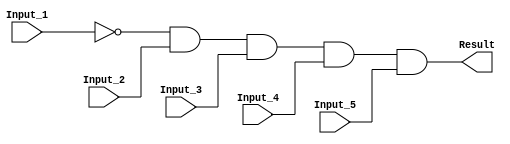
/******************************************************************************
 ** Logisim goes FPGA automatic generated Verilog code                       **
 **                                                                          **
 ** Component : AND_GATE_5_INPUTS                                            **
 **                                                                          **
 ******************************************************************************/

module AND_GATE_5_INPUTS( Input_1,
                          Input_2,
                          Input_3,
                          Input_4,
                          Input_5,
                          Result);

   /***************************************************************************
    ** Here all module parameters are defined with a dummy value             **
    ***************************************************************************/
   parameter BubblesMask = 1;


   /***************************************************************************
    ** Here the inputs are defined                                           **
    ***************************************************************************/
   input  Input_1;
   input  Input_2;
   input  Input_3;
   input  Input_4;
   input  Input_5;

   /***************************************************************************
    ** Here the outputs are defined                                          **
    ***************************************************************************/
   output Result;

   /***************************************************************************
    ** Here the internal wires are defined                                   **
    ***************************************************************************/
   wire s_real_input_1;
   wire s_real_input_2;
   wire s_real_input_3;
   wire s_real_input_4;
   wire s_real_input_5;
   wire[4:0] s_signal_invert_mask;


   /***************************************************************************
    ** Here the bubbles are processed                                        **
    ***************************************************************************/
   assign s_signal_invert_mask = BubblesMask;
   assign s_real_input_1 = (s_signal_invert_mask[0]) ? ~Input_1: Input_1;
   assign s_real_input_2 = (s_signal_invert_mask[1]) ? ~Input_2: Input_2;
   assign s_real_input_3 = (s_signal_invert_mask[2]) ? ~Input_3: Input_3;
   assign s_real_input_4 = (s_signal_invert_mask[3]) ? ~Input_4: Input_4;
   assign s_real_input_5 = (s_signal_invert_mask[4]) ? ~Input_5: Input_5;

   /***************************************************************************
    ** Here the functionality is defined                                     **
    ***************************************************************************/
   assign Result = s_real_input_1 &
                   s_real_input_2 &
                   s_real_input_3 &
                   s_real_input_4 &
                   s_real_input_5;


endmodule